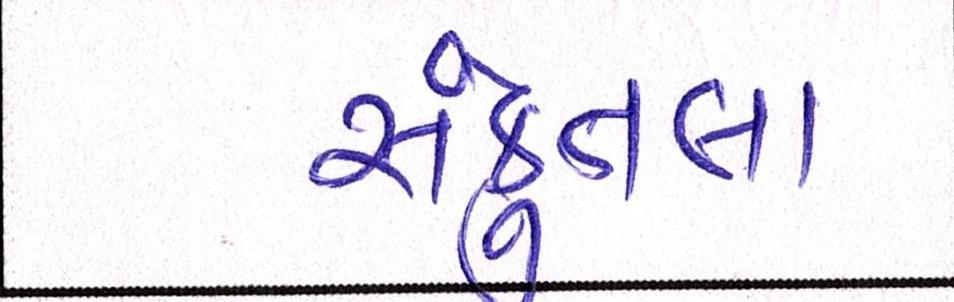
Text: સકુંતલા